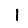
Digit: 1